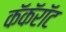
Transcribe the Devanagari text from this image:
कॅकॅरॉट